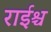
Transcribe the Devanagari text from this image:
राईश्च